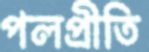
পলপ্রীতি